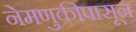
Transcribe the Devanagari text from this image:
नेमणुकीपासून